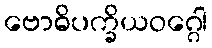
ဗောဓိပက္ခိယဝဂ္ဂေါ